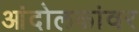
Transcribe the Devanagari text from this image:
आंदोलकांवर